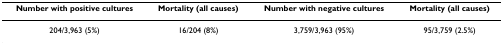
| Number with positive cultures | Mortality (all causes) | Number with negative cultures | Mortality (all causes) |
 | --- | --- | --- | --- |
 | 204/3,963 (5%) | 16/204 (8%) | 3,759/3,963 (95%) | 95/3,759 (2.5%) |